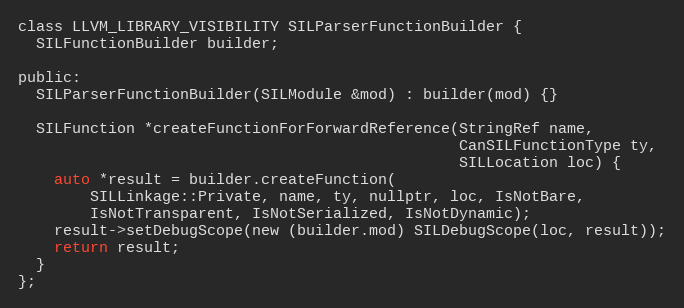
Language: C
class LLVM_LIBRARY_VISIBILITY SILParserFunctionBuilder {
  SILFunctionBuilder builder;

public:
  SILParserFunctionBuilder(SILModule &mod) : builder(mod) {}

  SILFunction *createFunctionForForwardReference(StringRef name,
                                                 CanSILFunctionType ty,
                                                 SILLocation loc) {
    auto *result = builder.createFunction(
        SILLinkage::Private, name, ty, nullptr, loc, IsNotBare,
        IsNotTransparent, IsNotSerialized, IsNotDynamic);
    result->setDebugScope(new (builder.mod) SILDebugScope(loc, result));
    return result;
  }
};